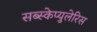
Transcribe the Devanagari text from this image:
सब्स्केप्युलेरिस